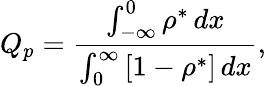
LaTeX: Q_{p}=\frac{\int_{-\infty}^{0}\rho^{*}\, dx}{\int_{0}^{\infty}\left[1-\rho^{*}\right]\, dx},